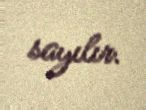
sayılır.